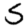
Digit: 5